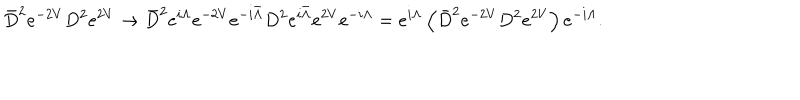
LaTeX: \bar { D } ^ { 2 } e ^ { - 2 V } D ^ { 2 } e ^ { 2 V } \rightarrow \bar { D } ^ { 2 } e ^ { i \Lambda } e ^ { - 2 V } e ^ { - i \bar { \Lambda } } D ^ { 2 } e ^ { i \bar { \Lambda } } e ^ { 2 V } e ^ { - i \Lambda } = e ^ { i \Lambda } \left( \bar { D } ^ { 2 } e ^ { - 2 V } D ^ { 2 } e ^ { 2 V } \right) e ^ { - i \Lambda } .